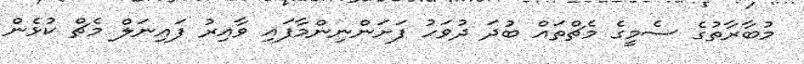
މުބާރާތުގެ ސެމީގެ މެޗްތައް ބުދަ ދުވަހު ފަށަންނިންމާފައި ވާއިރު ފައިނަލް މެޗް ކުޅެން